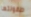
طفولتها